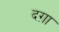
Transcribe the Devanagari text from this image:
दग़ा